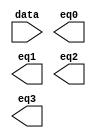
// megafunction wizard: %LPM_DECODE%VBB%
// GENERATION: STANDARD
// VERSION: WM1.0
// MODULE: lpm_decode 

// ============================================================
// Megafunction Name(s):
// 			lpm_decode
//
// Simulation Library Files(s):
// 			lpm
// ============================================================
// ************************************************************
// THIS IS A WIZARD-GENERATED FILE. DO NOT EDIT THIS FILE!
//
// 9.1 Build 222 10/21/2009 SJ Web Edition
// ************************************************************

//Copyright (C) 1991-2009 Altera Corporation
//Your use of Altera Corporation's design tools, logic functions 
//and other software and tools, and its AMPP partner logic 
//functions, and any output files from any of the foregoing 
//(including device programming or simulation files), and any 
//associated documentation or information are expressly subject 
//to the terms and conditions of the Altera Program License 
//Subscription Agreement, Altera MegaCore Function License 
//Agreement, or other applicable license agreement, including, 
//without limitation, that your use is for the sole purpose of 
//programming logic devices manufactured by Altera and sold by 
//Altera or its authorized distributors.  Please refer to the 
//applicable agreement for further details.

module lpm_decode3 (
	data,
	eq0,
	eq1,
	eq2,
	eq3);

	input	[1:0]  data;
	output	  eq0;
	output	  eq1;
	output	  eq2;
	output	  eq3;

endmodule

// ============================================================
// CNX file retrieval info
// ============================================================
// Retrieval info: PRIVATE: BaseDec NUMERIC "1"
// Retrieval info: PRIVATE: EnableInput NUMERIC "0"
// Retrieval info: PRIVATE: INTENDED_DEVICE_FAMILY STRING "Stratix II"
// Retrieval info: PRIVATE: LPM_PIPELINE NUMERIC "0"
// Retrieval info: PRIVATE: Latency NUMERIC "0"
// Retrieval info: PRIVATE: SYNTH_WRAPPER_GEN_POSTFIX STRING "0"
// Retrieval info: PRIVATE: aclr NUMERIC "0"
// Retrieval info: PRIVATE: clken NUMERIC "0"
// Retrieval info: PRIVATE: eq0 NUMERIC "1"
// Retrieval info: PRIVATE: eq1 NUMERIC "1"
// Retrieval info: PRIVATE: eq2 NUMERIC "1"
// Retrieval info: PRIVATE: eq3 NUMERIC "1"
// Retrieval info: PRIVATE: nBit NUMERIC "2"
// Retrieval info: CONSTANT: LPM_DECODES NUMERIC "4"
// Retrieval info: CONSTANT: LPM_TYPE STRING "LPM_DECODE"
// Retrieval info: CONSTANT: LPM_WIDTH NUMERIC "2"
// Retrieval info: USED_PORT: @eq 0 0 LPM_DECODES 0 OUTPUT NODEFVAL @eq[LPM_DECODES-1..0]
// Retrieval info: USED_PORT: data 0 0 2 0 INPUT NODEFVAL data[1..0]
// Retrieval info: USED_PORT: eq0 0 0 0 0 OUTPUT NODEFVAL eq0
// Retrieval info: USED_PORT: eq1 0 0 0 0 OUTPUT NODEFVAL eq1
// Retrieval info: USED_PORT: eq2 0 0 0 0 OUTPUT NODEFVAL eq2
// Retrieval info: USED_PORT: eq3 0 0 0 0 OUTPUT NODEFVAL eq3
// Retrieval info: CONNECT: @data 0 0 2 0 data 0 0 2 0
// Retrieval info: CONNECT: eq0 0 0 0 0 @eq 0 0 1 0
// Retrieval info: CONNECT: eq1 0 0 0 0 @eq 0 0 1 1
// Retrieval info: CONNECT: eq2 0 0 0 0 @eq 0 0 1 2
// Retrieval info: CONNECT: eq3 0 0 0 0 @eq 0 0 1 3
// Retrieval info: LIBRARY: lpm lpm.lpm_components.all
// Retrieval info: GEN_FILE: TYPE_NORMAL lpm_decode3.v TRUE
// Retrieval info: GEN_FILE: TYPE_NORMAL lpm_decode3.inc FALSE
// Retrieval info: GEN_FILE: TYPE_NORMAL lpm_decode3.cmp FALSE
// Retrieval info: GEN_FILE: TYPE_NORMAL lpm_decode3.bsf TRUE FALSE
// Retrieval info: GEN_FILE: TYPE_NORMAL lpm_decode3_inst.v FALSE
// Retrieval info: GEN_FILE: TYPE_NORMAL lpm_decode3_bb.v TRUE
// Retrieval info: LIB_FILE: lpm